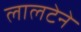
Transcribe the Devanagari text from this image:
लालटेने